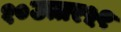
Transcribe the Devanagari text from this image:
१०उत्तर५१